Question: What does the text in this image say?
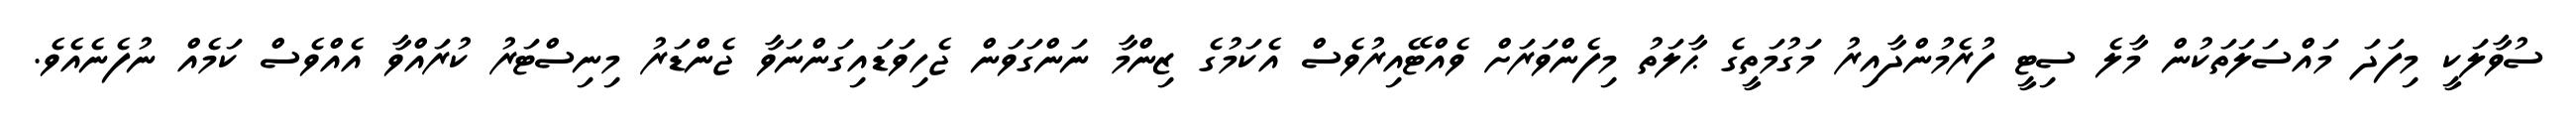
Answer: ސުވާލަކީ މިފަދަ މައްސަލަތަކުން މާލެ ސިޓީ ފުރެމުންދާއިރު މަގުމަތީގެ ޙާލަތު މިފެންވަރަށް ވެއްޓޭއިރުވެސް އެކަމުގެ ޒިންމާ ނަންގަވަން ޖެހިވަޑައިގަންނަވާ ޖެންޑަރު މިނިސްޓަރު ކުރައްވާ އެއްވެސް ކަމެއް ނުފެނެއެވެ.